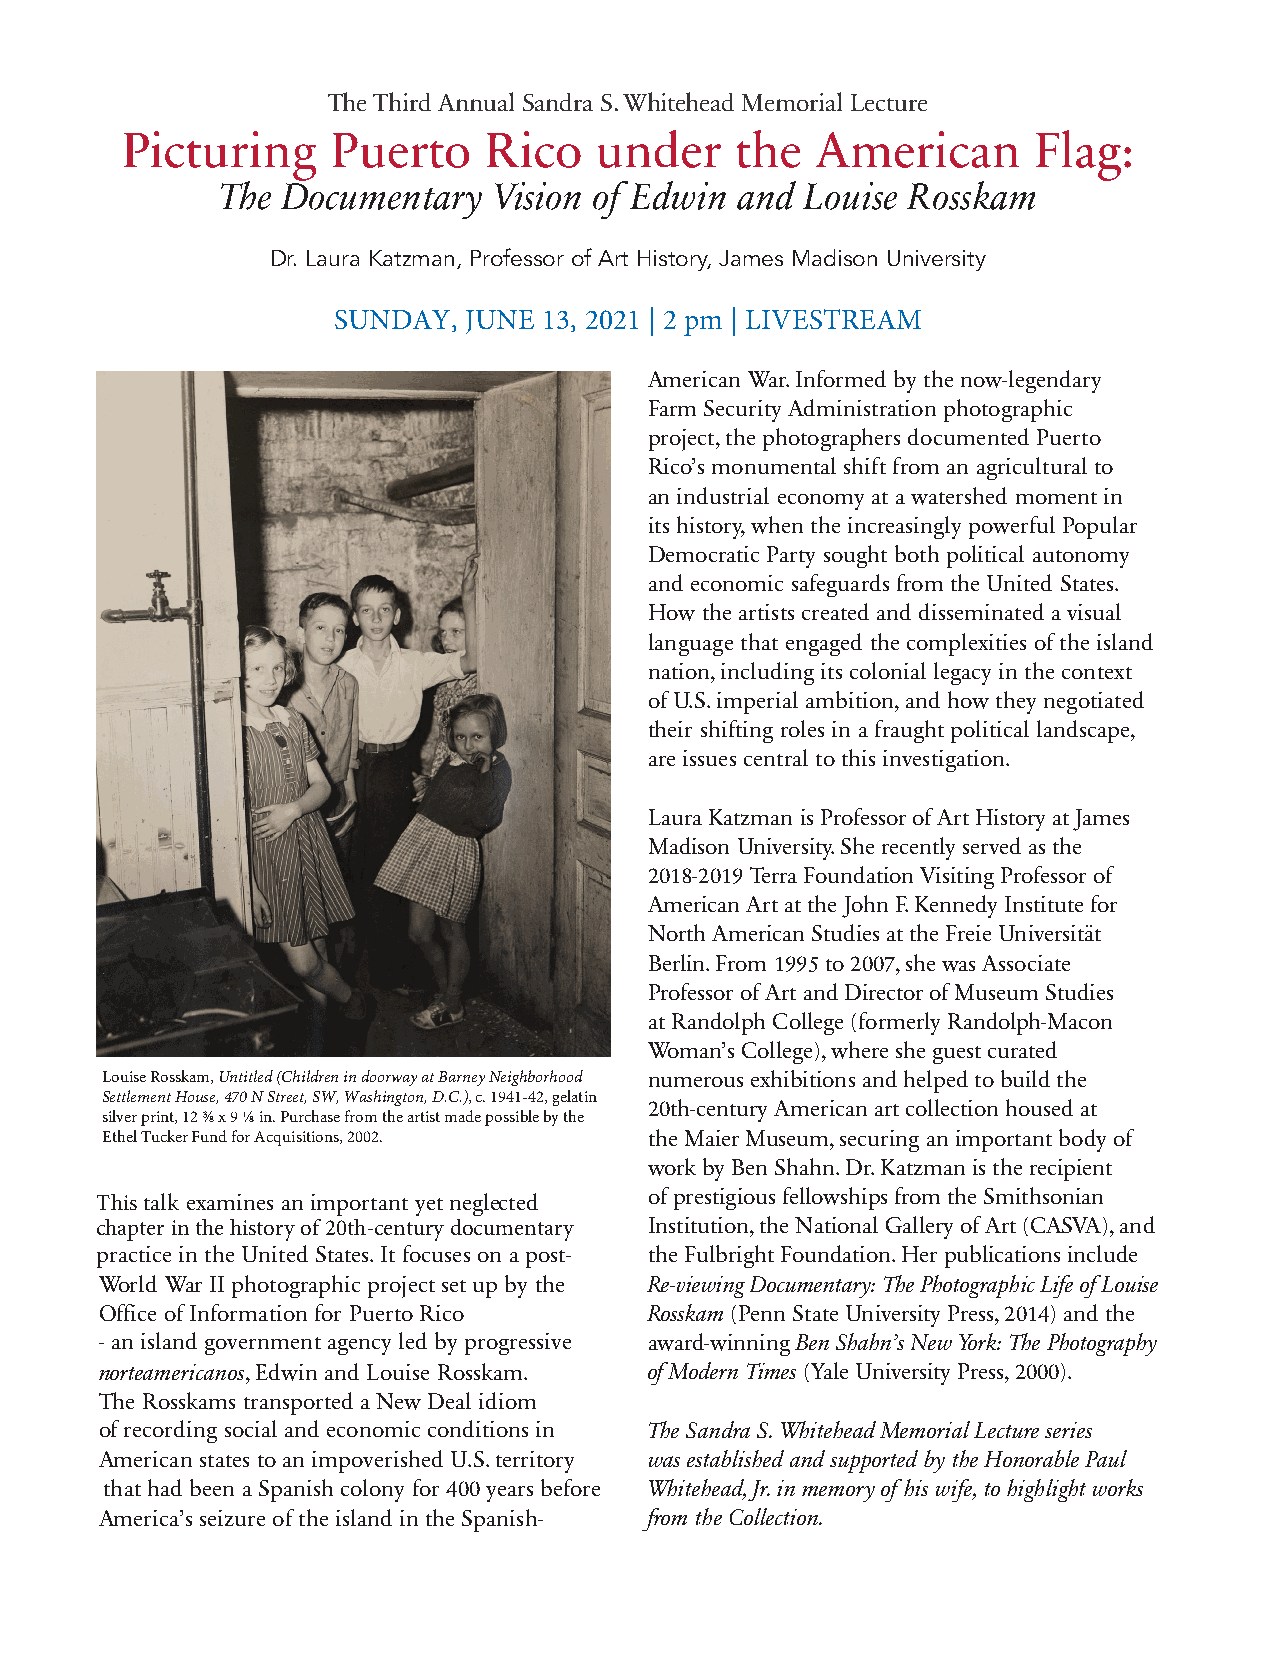
The Third Annual Sandra S. Whitehead Memorial Lecture
 Picturing     Puerto    Rico    under    the  American      Flag:
 The Documentary   Vision of Edwin and  Louise Rosskam
 Dr. Laura Katzman, Professor of Art History, James Madison University
 SUNDAY,  JUNE 13, 2021 | 2 pm | LIVESTREAM
 American War. Informed by the now-legendary
 Farm Security Administration photographic
 project, the photographers documented Puerto
 Rico’s monumental shift from an agricultural to
 an industrial economy at a watershed moment in
 its history, when the increasingly powerful Popular
 Democratic Party sought both political autonomy
 and economic safeguards from the United States.
 How the artists created and disseminated a visual
 language that engaged the complexities of the island
 nation, including its colonial legacy in the context
 of U.S. imperial ambition, and how they negotiated
 their shifting roles in a fraught political landscape,
 are issues central to this investigation.
 Laura Katzman is Professor of Art History at James
 Madison University. She recently served as the
 2018-2019 Terra Foundation Visiting Professor of
 American Art at the John F. Kennedy Institute for
 North American Studies at the Freie Universität
 Berlin. From 1995 to 2007, she was Associate
 Professor of Art and Director of Museum Studies
 at Randolph College (formerly Randolph-Macon
 Woman’s College), where she guest curated
 Louise Rosskam, Untitled (Children in doorway at Barney Neighborhood numerous exhibitions and helped to build the
 Settlement House, 470 N Street, SW, Washington, D.C.), c. 1941-42, gelatin
 20th-century American art collection housed at
 silver print, 12 ⅜ x 9 ⅛ in. Purchase from the artist made possible by the
 Ethel Tucker Fund for Acquisitions, 2002. the Maier Museum, securing an important body of
 work by Ben Shahn. Dr. Katzman is the recipient
 This talk examines an important yet neglected of prestigious fellowships from the Smithsonian
 chapter in the history of 20th-century documentary Institution, the National Gallery of Art (CASVA), and
 practice in the United States. It focuses on a post- the Fulbright Foundation. Her publications include
 World War II photographic project set up by the Re-viewing Documentary: The Photographic Life of Louise
 Office of Information for Puerto Rico Rosskam (Penn State University Press, 2014) and the
 - an island government agency led by progressive award-winning Ben Shahn’s New York: The Photography
 norteamericanos, Edwin and Louise Rosskam. of Modern Times (Yale University Press, 2000).
 The Rosskams transported a New Deal idiom
 of recording social and economic conditions in The Sandra S. Whitehead Memorial Lecture series
 American states to an impoverished U.S. territory was established and supported by the Honorable Paul
 that had been a Spanish colony for 400 years before Whitehead, Jr. in memory of his wife, to highlight works
 America’s seizure of the island in the Spanish- from the Collection.